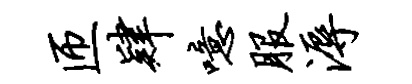
匝肄噫服溽